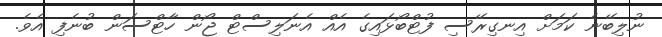
ނުލިބޭނެ ކަމަށް އިނގިރޭސި ފުޓްބޯޅައިގެ އެއް އެނަލިސްޓް ޖޯން ހާޓްސަން ބުނެފި އެވެ.